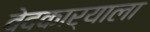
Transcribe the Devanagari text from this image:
वेदकार्याला